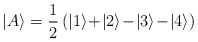
\begin{align*}|A \rangle = \frac{1}{2}\, (|1 \rangle\! +\! |2 \rangle\! -\! |3 \rangle\! -\! |4 \rangle )\end{align*}